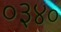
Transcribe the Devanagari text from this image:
०३४०